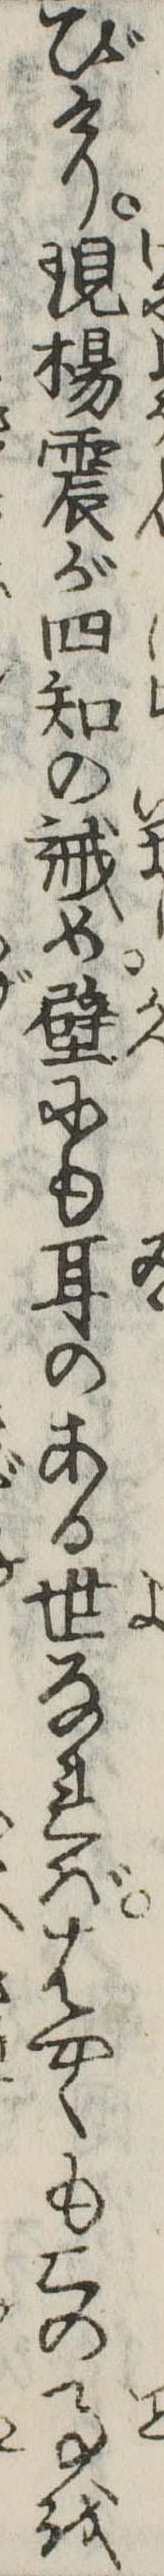
びけり現楊震が四知の誡め壁にも耳のある世なればはやくもこの事を